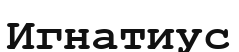
Игнатиус